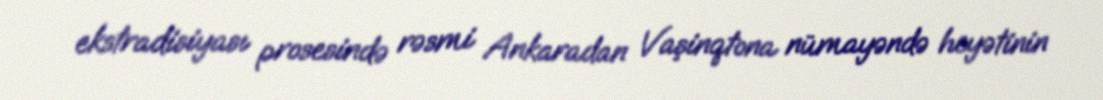
ekstradisiyası prosesində rəsmi Ankaradan Vaşinqtona nümayəndə heyətinin